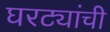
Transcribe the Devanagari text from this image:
घरट्यांची